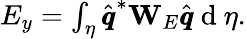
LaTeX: \begin{array}{r}{E_{y}=\int_{\eta}\hat{\pmb q}^{*}\mathbf{W}_{E}\hat{\pmb q}\mathrm{~d~}\eta.}\end{array}